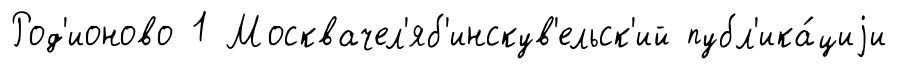
Род'ионово 1 Москвачел'яб'инскув'ельск'ий публ'ика́циjи